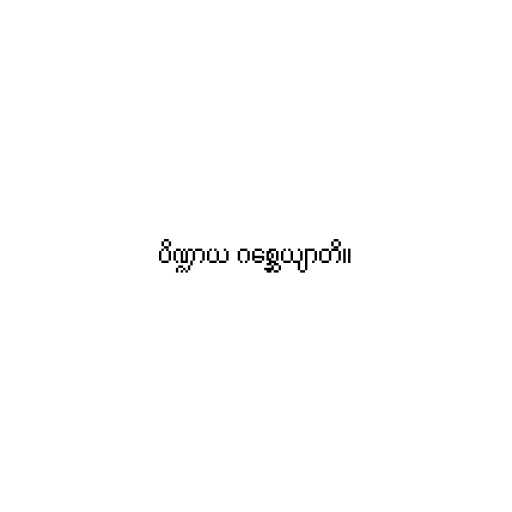
ပိဏ္ဍာယ ဂစ္ဆေယျာတိ။